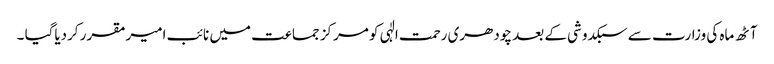
آٹھ ماہ کی وزارت سے سبکدوشی کے بعد چودھری رحمت الٰہی کو مرکز جماعت میں نائب امیرمقرر کردیاگیا ۔